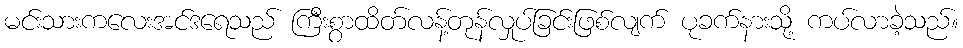
မင်းသားကလေးအင်ဒရေသည် ကြီးစွာထိတ်လန့်တုန်လှုပ်ခြင်းဖြစ်လျက် ပုခက်နားသို့ ကပ်လာခဲ့သည်။